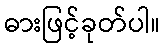
ဓားဖြင့်ခုတ်ပါ။